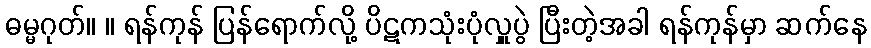
ဓမ္မဂုတ်။ ။ ရန်ကုန် ပြန်ရောက်လို့ ပိဋကသုံးပုံလှူပွဲ ပြီးတဲ့အခါ ရန်ကုန်မှာ ဆက်နေ